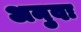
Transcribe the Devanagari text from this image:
अनुवः